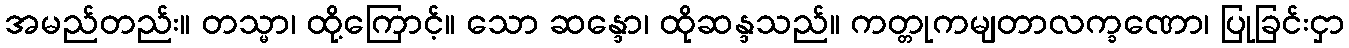
အမည်တည်း။ တသ္မာ၊ ထို့ကြောင့်။ သော ဆန္ဒော၊ ထိုဆန္ဒသည်။ ကတ္တုကမျတာလက္ခဏော၊ ပြုခြင်းငှာ